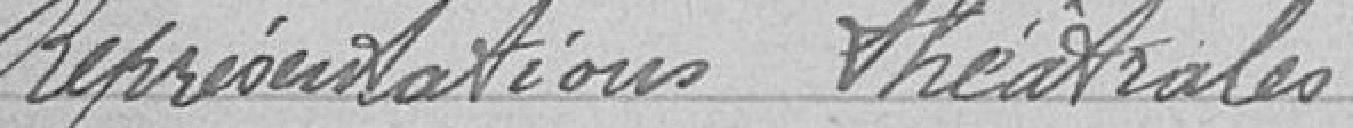
Représentations théâtrales